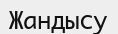
Жандысу